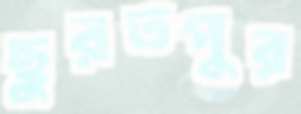
ছুরতপুর